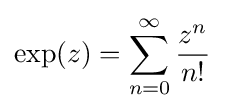
\exp(z)=\sum _{n=0}^{\infty }{\frac {z^{n}}{n!}}